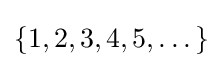
\{1,2,3,4,5,\dots \}